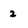
Character: 2